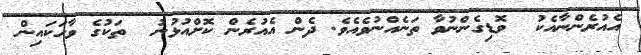
އެއުރެންނާއެކު  ވޮޑިގެންނުވާ ތަނެއްނުވެއެވެ. ދެން އެއުރެން ކޮށްއުޅުނު  ތަކުގެ ވާހަކައިން